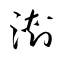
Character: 溂